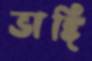
ভাঙ্গি